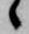
候